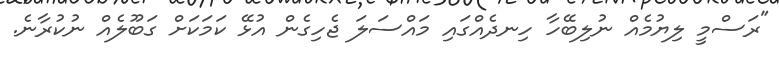
"ރަސްމީ ލިޔުމެއް ނުލިބޭހާ ހިނދެއްގައި މައްސަލަ ޖެހިގެން އުޅޭ ކަމަކަށް ގަބޫލެއް ނުކުރާނެ.